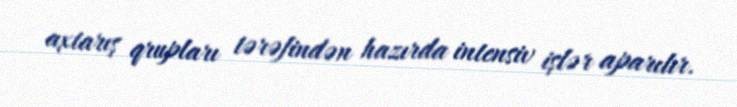
axtarış qrupları tərəfindən hazırda intensiv işlər aparılır.